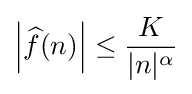
\left|{\widehat {f}}(n)\right|\leq {K \over |n|^{\alpha }}